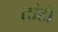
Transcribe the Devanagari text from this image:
तांटी